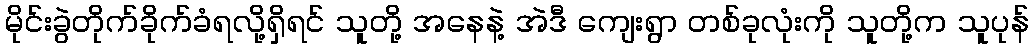
မိုင်းခွဲတိုက်ခိုက်ခံရလို့ရှိရင် သူတို့ အနေနဲ့ အဲဒီ ကျေးရွာ တစ်ခုလုံးကို သူတို့က သူပုန်